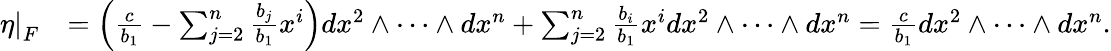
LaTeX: \begin{array}{rl}{\left.\eta\right|_{F}}&{=\left(\frac{c}{b_{1}}-\sum_{j=2}^{n}\frac{b_{j}}{b_{1}}x^{i}\right)dx^{2}\wedge\dots\wedge dx^{n}+\sum_{j=2}^{n}\frac{b_{i}}{b_{1}}x^{i}dx^{2}\wedge\dots\wedge dx^{n}=\frac{c}{b_{1}}dx^{2}\wedge\dots\wedge dx^{n}.}\end{array}